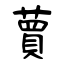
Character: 蕒